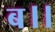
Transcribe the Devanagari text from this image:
ब।।